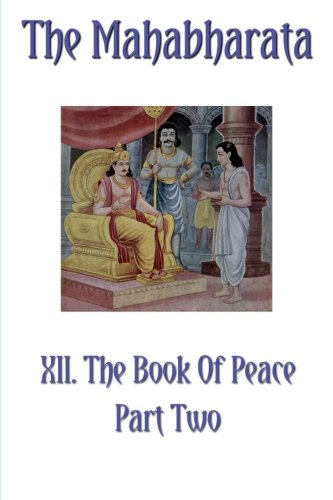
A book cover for The Mahabharata Book XII Part Two: The Book Of Peace (Volume 10); Krishna Dwaipayana Vyasa; Religion & Spirituality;